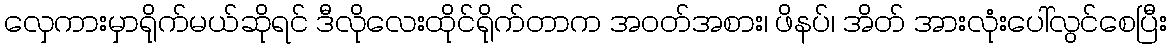
လှေကားမှာရိုက်မယ်ဆိုရင် ဒီလိုလေးထိုင်ရိုက်တာက အဝတ်အစား၊ ဖိနပ်၊ အိတ် အားလုံးပေါ်လွင်စေပြီး